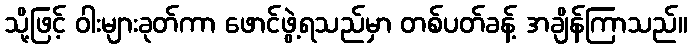
သို့ဖြင့် ဝါးများခုတ်ကာ ဖောင်ဖွဲ့ရသည်မှာ တစ်ပတ်ခန့် အချိန်ကြာသည်။